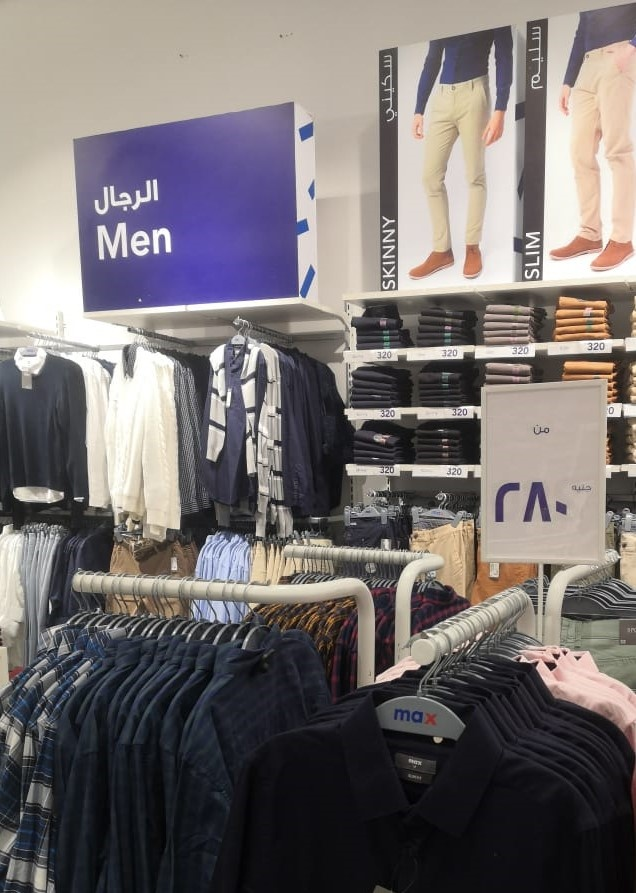
Text in image: سليم سكيني الرجال من جنيه 280 Men SKINNY SLIM max